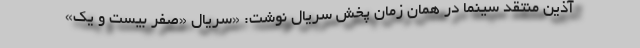
آذین منتقد سینما در همان زمان پخش سریال نوشت: «سریال «صفر بیست و یک»